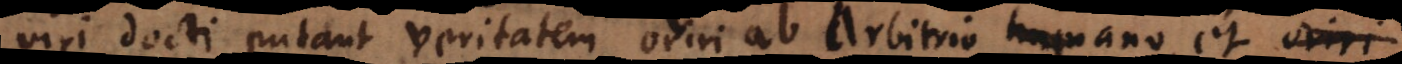
viri docti putant veritatem oriri ab arbitrio humano, et e